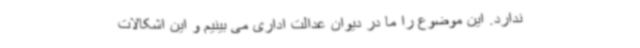
ندارد. این موضوع را ما در دیوان عدالت اداری می بینیم و این اشکالات